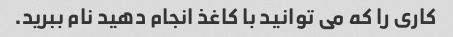
کاری را که می توانید با کاغذ انجام دهید نام ببرید.